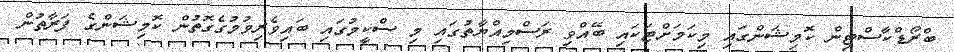
ބްރޯޑްކާސްޓިން ކޮމިޝަންގައި މިކަމަށްޓަކައި ބޭއްވި ރަސްމިއްޔާތުގައި މި ސްކީމުގައި ބައިވެރިވުމުގެގޮތުން ކޮމިޝަންގެ ފަރާތުން